Report of the Municipal Commissioner on the plague in Bombay for the year ending 31st May... - Volume 2
Disease focus: Plague
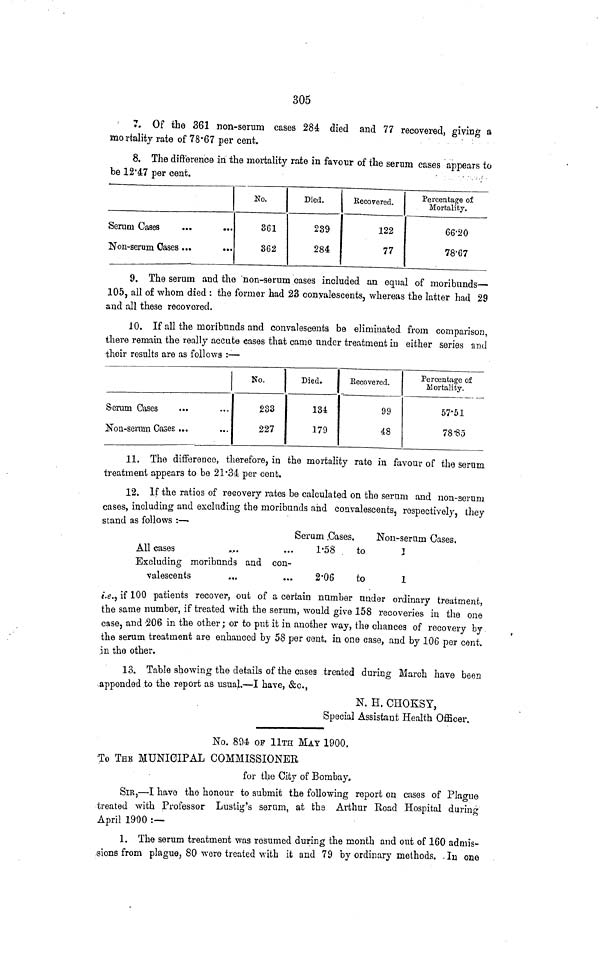
305
7. Of the 361 non-serum cases 284= died and 77 recovered, giving a
mortality rate of 78'67 per cent.
8. The difference in the mortality rate in favour of the serum cases appears to
be 12*4:7 per cent.
• • •/
Serum Cases
Non-serum Oases ...
...
No.
361
362
Died.
239
284
Recovered.
122
77
Percentage of
Mortality.
66'20
78'67
9. The serum and the 'non-serum cases included an equal of moribnnds—
105, all of whom died : the former had 23 convalescents, whereas the latter had 29
and all these recovered.
10. If all the moribunds and convalescents be eliminated from comparison,
there remain the really accute cases that came under treatment in either series and
their results are as follows :—
S'crum Gases
Non-serum. Cases ...
No.
233
227
Died.
134
179
Kecovered.
99
48
Percentage of
Mortality.
57*51
78-85
11. The difference, therefore, in the mortality rate in favour of the serum
treatment appears to be 21-34 per cent.
12. If the ratios of recovery rates be calculated on the serum and non-serum
cases, including and excluding the moribunds and convalescents, respectively, they
stand as follows :—
berum .Cases.
.Non-serum Cases.
All cases
1-58
to
i
Excluding moribunds and con-
valescents
2'06
to
1
i.e., if 100 patients recover, out of a certain number under ordinary treatment,
the same number, if treated with the serum, would give 158 recoveries in the one
case, and '206 in the other; or to put it in another way, the chances of recovery by
the serum treatment are enhanced by 58 per cent, in one case, and by 106 per cent.
.In the other,
13. Table showing the details of the cases treated during March have been
appended to the report as usual.—I have, &c.,
N. H. CHOKSY,
Special Assistant Health Officer.
No. 894 OP lira MAY 1900.
To THE MUNICIPAL COMMISSIONER
for the City of Bombay,
SIR,—I have the honour to submit the following report on cases of Plague
treated with Professor Lustig's serum, at the Arthur Road Hospital during
April 1900 :—
1. The serum treatment was resumed during the month and out of 160 admis-
sions from plague, 80 were treated with it and 79 by ordinary methods. -In one